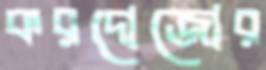
করদোজোর